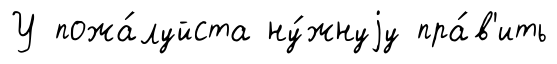
У пожа́луйста ну́жнуjу пра́в'ить